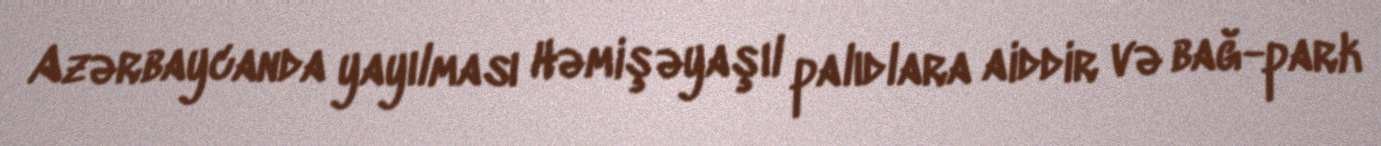
Azərbaycanda yayılması Həmişəyaşıl palıdlara aiddir və bağ-park